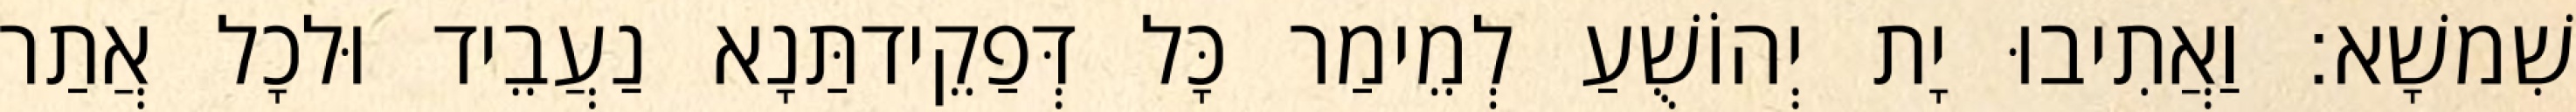
שִׁמשָׁא׃ וַאֲתִיבוּ יָת יְהוֹשֻׁעַ לְמֵימַר כָּל דְּפַקֵידתַּנָא נַעֲבֵיד וּלכָל אֲתַר